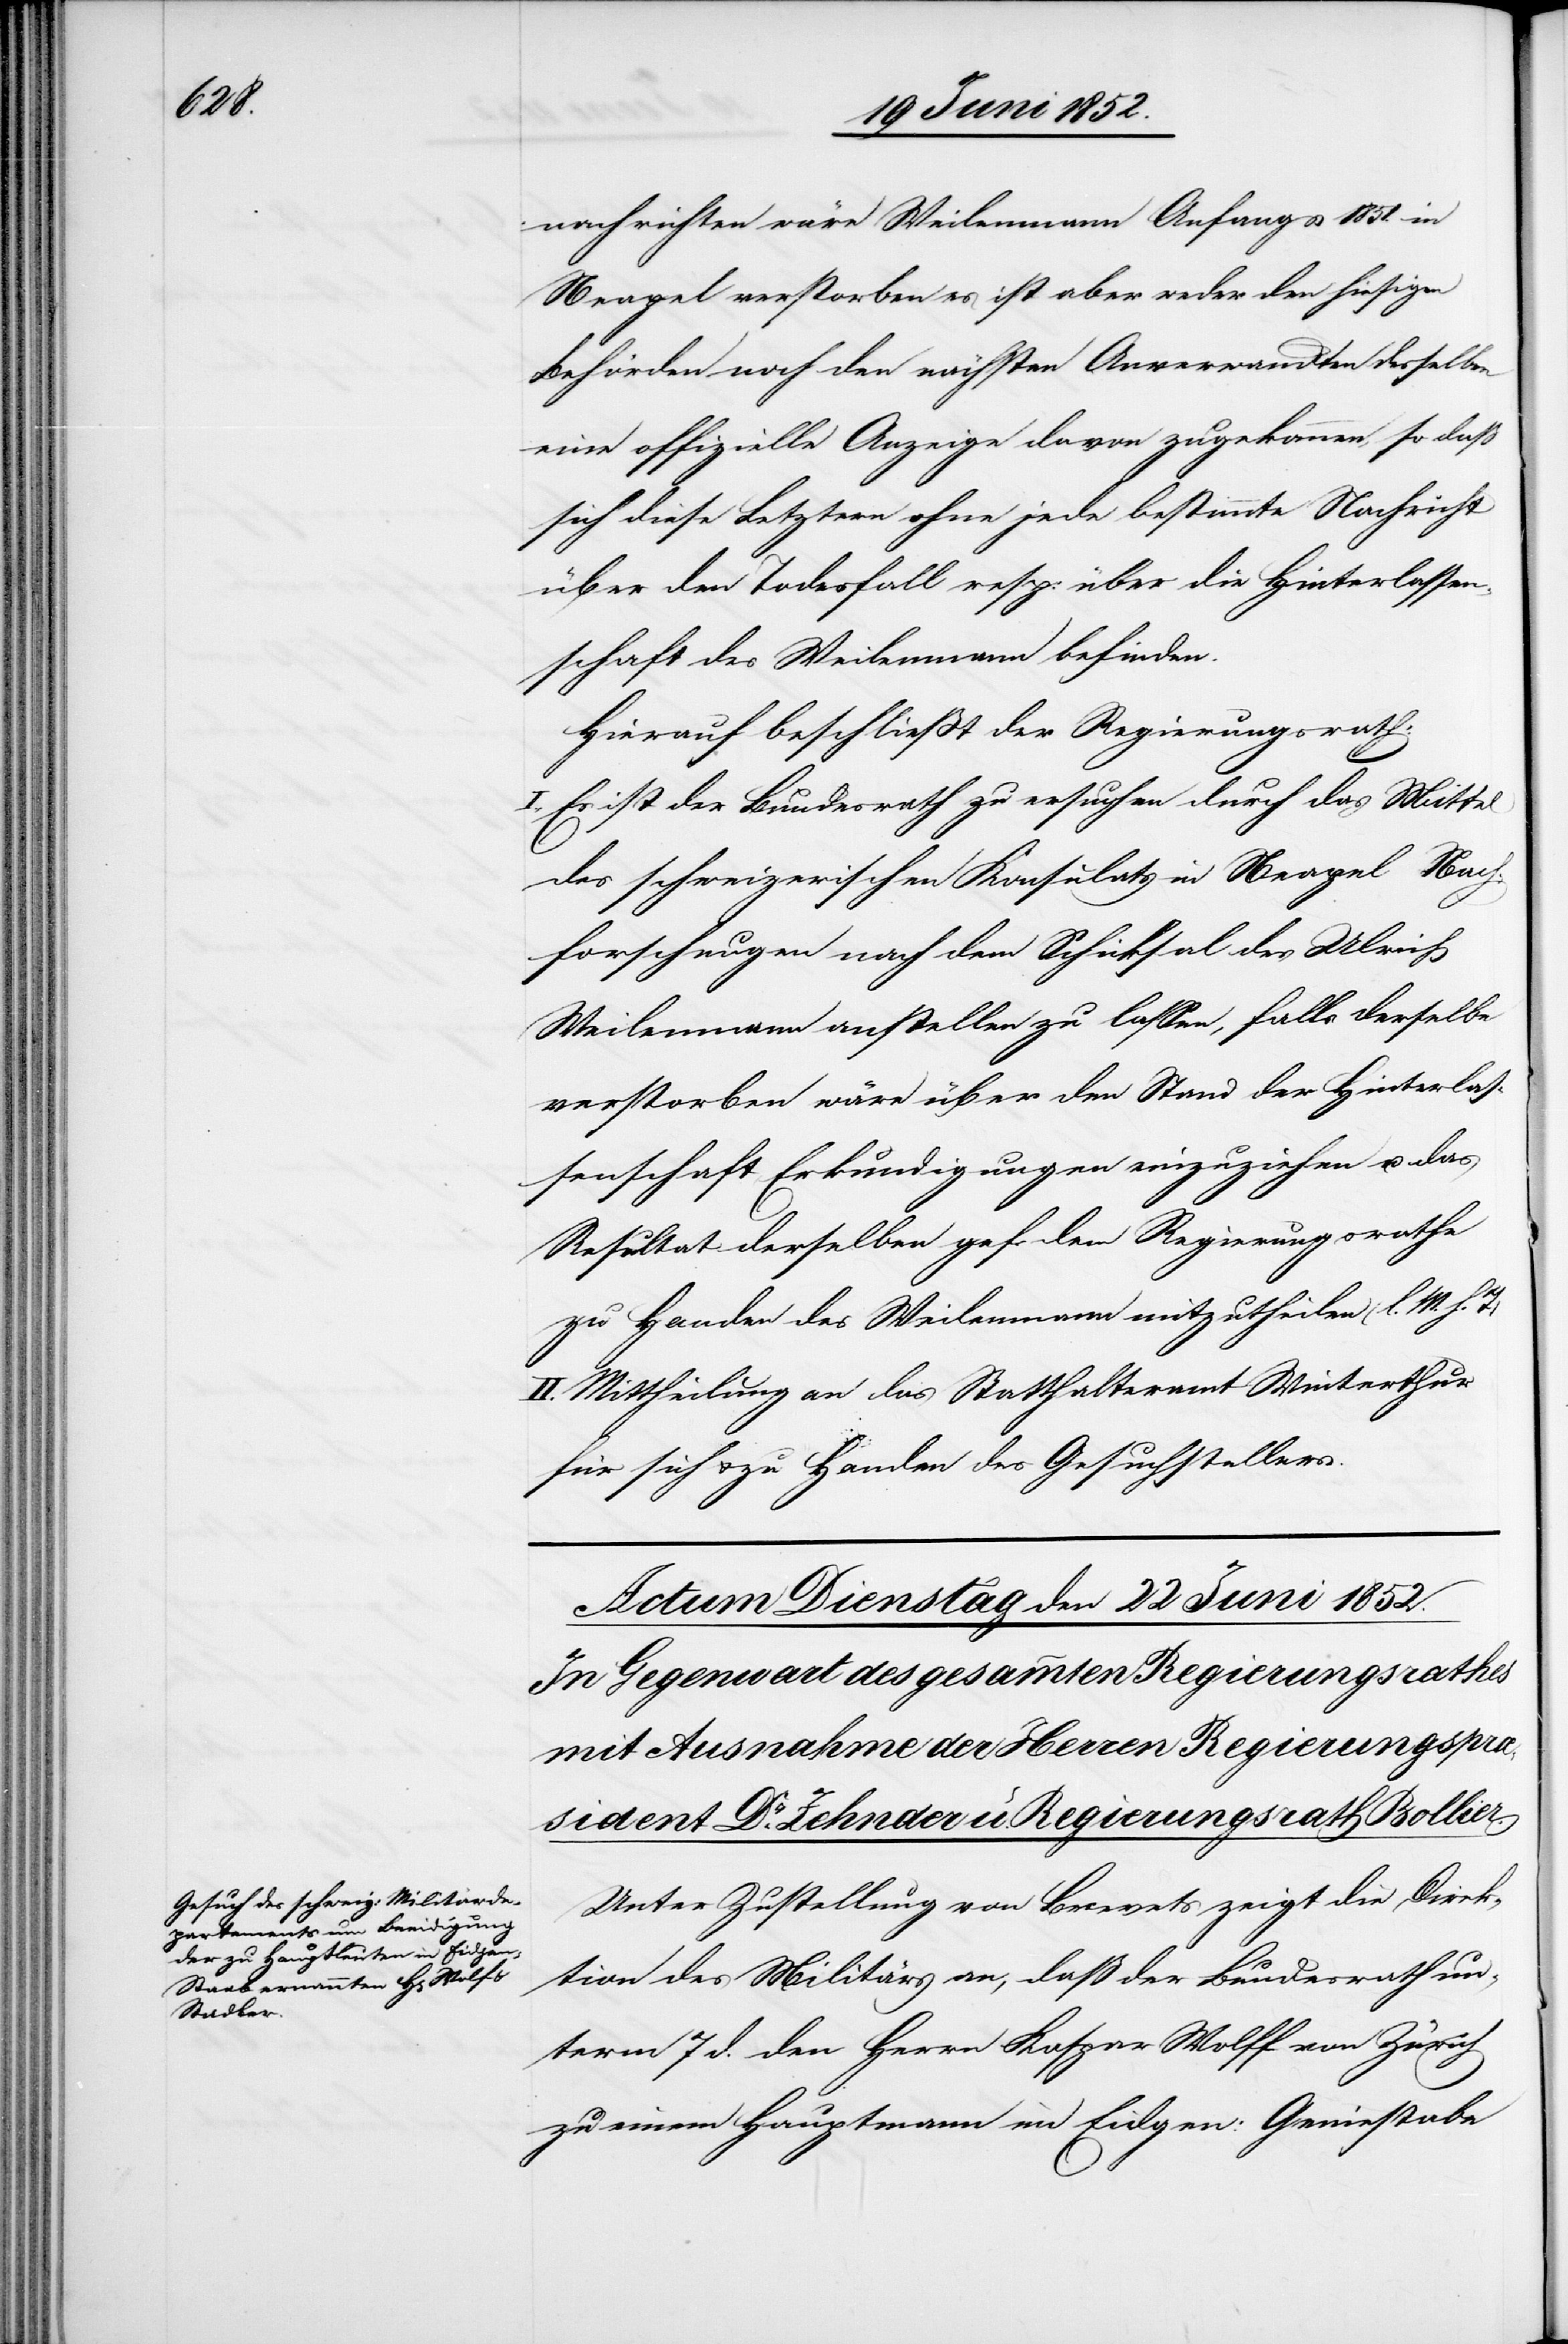
nachrichten wäre Weilenmann Anfangs 1851. in
Neapel verstorben es ist aber weder den hiesigen
Behörden noch den nächsten Anverwandten desselben
eine offizielle Anzeige davon zugekommen, so daß
sich diese Letztern ohne jede bestimmte Nachricht
über den Todesfall resp: über die Hinterlassen¬
schaft des Weilenmann befinden.
Hierauf beschließt der Regierungsrath:
Es ist der Bundesrath zu ersuchen durch das Mittel
des schweizerischen Konsulats in Neapel Nach¬
forschungen nach dem Schicksal des Ulrich
Weilenmann anstellen zu lassen, falls derselbe
verstorben wäre über den Stand der Hinterlas¬
senschaft Erkundigungen einzuziehen u. das
Resultat derselben gef. dem Regierungsrathe
zu Handen des Weilenmann mitzutheilen (l. M. h. T)
II. Mittheilung an das Statthalteramt Winterthur
für sich & zu Handen des Gesuchstellers.
Unter Zustellung von Brevets zeigt die Direk¬
tion des Militärs an, daß der Bundesrath un¬
term 7 d. den Herrn Kaspar Wolff [sic!]
zu einem Hauptmann im Eidgen: Geniestabe